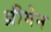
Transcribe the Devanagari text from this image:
ब्रीमेन